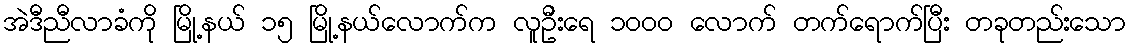
အဲဒီညီလာခံကို မြို့နယ် ၁၅ မြို့နယ်လောက်က လူဦးရေ ၁၀၀၀ လောက် တက်ရောက်ပြီး တခုတည်းသော